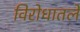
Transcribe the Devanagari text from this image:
विरोधातले